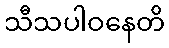
သီသပါဝနေတိ